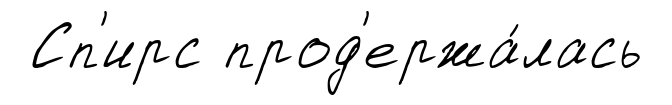
Сп'ирс прод'ержа́лась